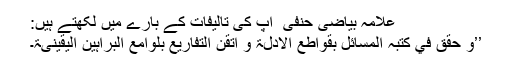
علامہ بیاضی حنفی ؒ آپ کی تالیفات کے بارے میں لکھتے ہیں:
’’و حقق في کتبہ المسائل بقواطع الأدلۃ و أتقن التفاریع بلوامع البراہین الیقینیۃ۔